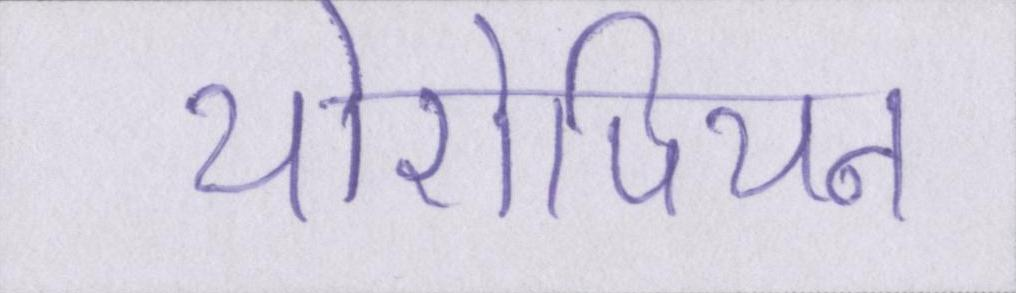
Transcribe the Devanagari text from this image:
योरोपियन